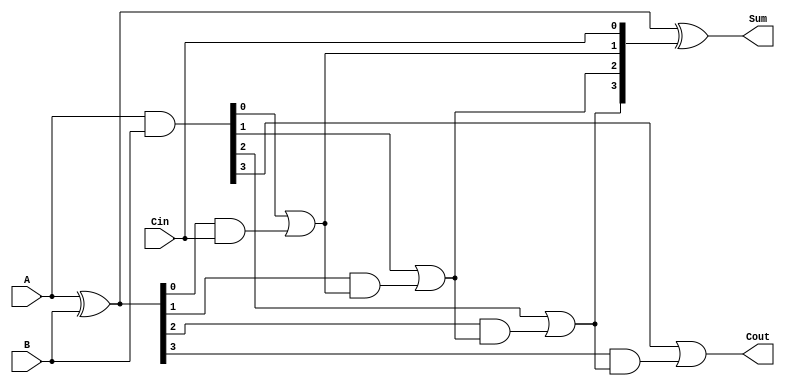
module CLA_4bit (
    input [3:0] A,
    input [3:0] B,
    input Cin,
    output [3:0] Sum,
    output Cout
);
    wire [3:0] G; // Generate signals
    wire [3:0] P; // Propagate signals
    wire [3:0] C; // Carry signals

    // Generate and Propagate signals
    assign G = A & B;          // Generate
    assign P = A ^ B;          // Propagate

    // Carry signals calculation
    assign C[0] = Cin; // Initial carry input
    assign C[1] = G[0] | (P[0] & C[0]); // C1
    assign C[2] = G[1] | (P[1] & C[1]); // C2
    assign C[3] = G[2] | (P[2] & C[2]); // C3
    assign Cout = G[3] | (P[3] & C[3]); // Final carry out

    // Sum calculation
    assign Sum = P ^ C[3:0]; // S = P XOR C

endmodule